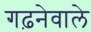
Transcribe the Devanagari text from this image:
गढ़नेवाले